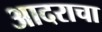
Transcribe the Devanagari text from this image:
आदराचा